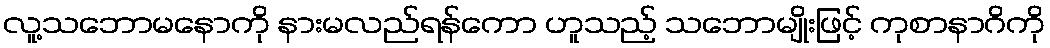
လူ့သဘောမနောကို နားမလည်ရန်ကော ဟူသည့် သဘောမျိုးဖြင့် ကုစာနာဂိကို